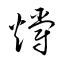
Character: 爝